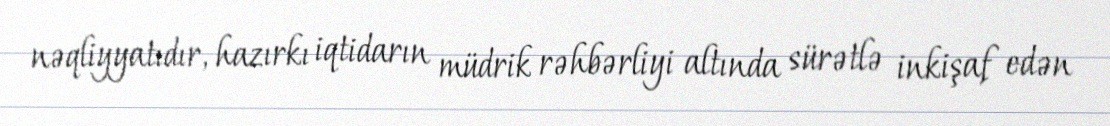
nəqliyyatıdır, hazırkı iqtidarın müdrik rəhbərliyi altında sürətlə inkişaf edən